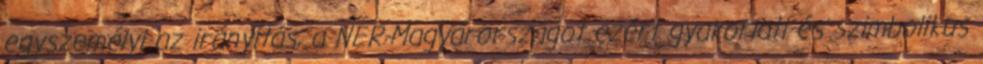
egyszemélyi az irányítás, a NER-Magyarországot ezért gyakorlati és szimbolikus